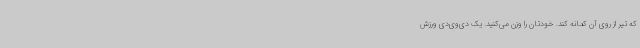
که تیر از روی آن کمانه کند. خودتان را وزن می‌کنید. یک دی‌وی‌دی ورزش